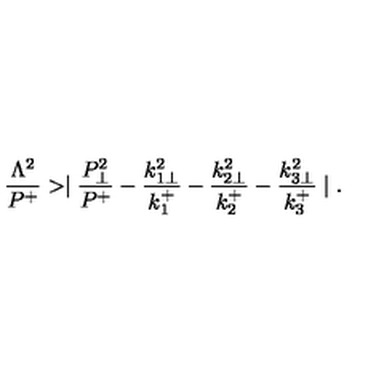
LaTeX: { \frac { \Lambda ^ { 2 } } { P ^ { + } } } > \mid { \frac { P _ { \perp } ^ { 2 } } { P ^ { + } } } - { \frac { k _ { 1 \perp } ^ { 2 } } { k _ { 1 } ^ { + } } } - { \frac { k _ { 2 \perp } ^ { 2 } } { k _ { 2 } ^ { + } } } - { \frac { k _ { 3 \perp } ^ { 2 } } { k _ { 3 } ^ { + } } } \mid .